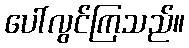
ပေါ်လွင်ကြသည်။